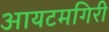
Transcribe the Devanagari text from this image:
आयटमगिरी